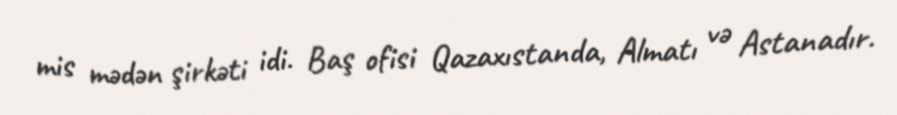
mis mədən şirkəti idi. Baş ofisi Qazaxıstanda, Almatı və Astanadır.